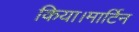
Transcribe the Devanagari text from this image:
किया।मार्टिन